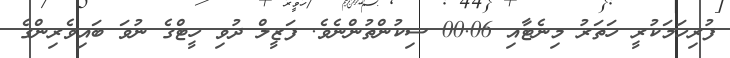
ފުރިހަމަކުރީ ހަތަރު މިނެޓާއި 00.06 ސިކުންތުންނެވެ. ފަޒީލް ދުވި ހީޓްގެ ނުވަ ބައިވެރިންގެ